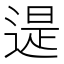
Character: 遈